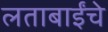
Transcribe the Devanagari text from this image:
लताबाईंचे